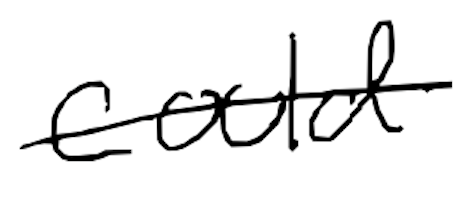
Text: could
Cross-out: single-line
Writing tool: digital_black